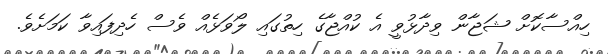
ހިއްސާކޮށް ޝަޖާން ވިދާޅުވީ އެ ކުއްޖާގެ ހިތުގައި ލޯވަޅެއް ވެސް ހެދިފައިވާ ކަމަށެވެ.